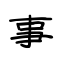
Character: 事